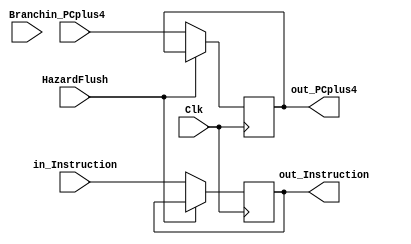
`timescale 1ns / 1ps
//////////////////////////////////////////////////////////////////////////////////
// Company: 
// Engineer: 
// 
// Design Name: 
// Module Name: IF_ID_Register
// Project Name: 
// Target Devices: 
// Tool Versions: 
// Description: 
// 
// Dependencies: 
// 
// Revision:
// Revision 0.01 - File Created
// Additional Comments:
// 
//////////////////////////////////////////////////////////////////////////////////


module IF_ID_Register(Clk, HazardFlush, Branch,
                      in_Instruction, out_Instruction,
                      in_PCplus4, out_PCplus4);
    input Clk, HazardFlush, Branch;
    input [31:0] in_Instruction, in_PCplus4;
    output reg [31:0] out_Instruction, out_PCplus4;
    
    
    initial begin
            out_Instruction <= 0;
            out_PCplus4 <= 0;
    end

    always @ (posedge Clk)  begin
        
//        else 
        if (HazardFlush) begin
        //do nothing
        end
        
//        else if (Branch)    begin 
//            out_PCplus4 <= in_PCplus4;
//            //out_Instruction <= 0;
//        end
        
        
        else    begin   //normal sending data through
            out_Instruction <= in_Instruction;
            out_PCplus4 <= in_PCplus4;
        end
    end
    

endmodule